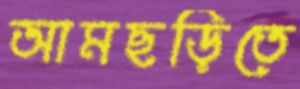
আমছড়িতে